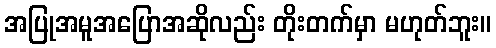
အပြုအမူအပြောအဆိုလည်း တိုးတက်မှာ မဟုတ်ဘူး။